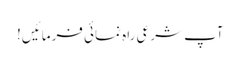
آپ شرعی راہ نمائی فرمائیں!